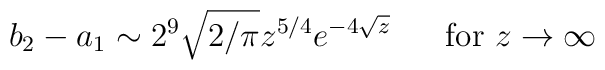
b_2 -a_1 \sim 2^9 \sqrt{2/\pi } z^{5/4} e^{-4\sqrt{z} } \ \ \ \ \ \mbox{for} \ z\rightarrow \infty